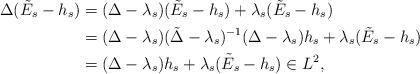
LaTeX: \begin{align*} \Delta (\tilde E_s - h_s) &= (\Delta - \lambda_s)(\tilde E_s - h_s)+\lambda_s(\tilde E_s-h_s)\\ &= (\Delta-\lambda_s)(\tilde\Delta-\lambda_s)^{-1}(\Delta-\lambda_s)h_s+\lambda_s(\tilde E_s - h_s)\\ &=(\Delta-\lambda_s)h_s + \lambda_s(\tilde E_s-h_s)\in L^2, \end{align*}